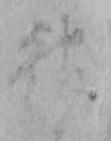
神